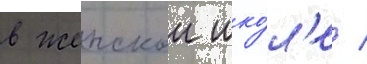
в женскои шко́л'е /